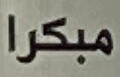
مبكرا